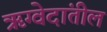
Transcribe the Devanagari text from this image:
ॠग्वेदांतील